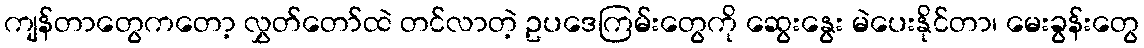
ကျန်တာတွေကတော့ လွှတ်တော်ထဲ တင်လာတဲ့ ဥပဒေကြမ်းတွေကို ဆွေးနွေး မဲပေးနိုင်တာ၊ မေးခွန်းတွေ